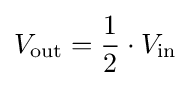
V_{\mathrm {out} }={\frac {1}{2}}\cdot V_{\mathrm {in} }